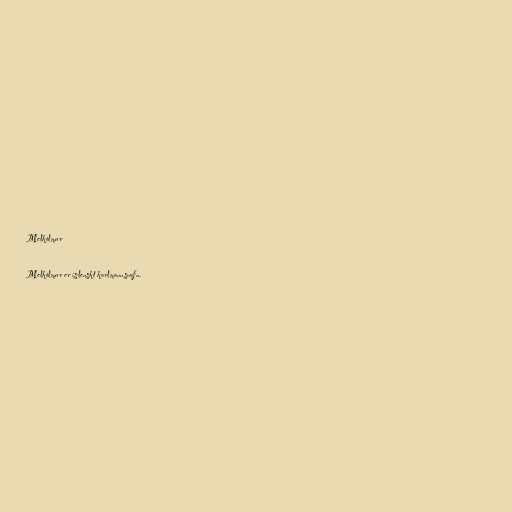
Melkólmur

Melkólmur er íslenskt karlmannsnafn.